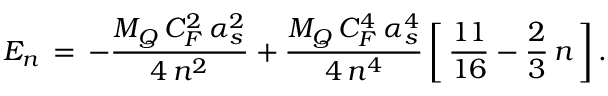
E _ { n } \, = \, - \frac { M _ { Q } \, C _ { F } ^ { 2 } \, \alpha _ { s } ^ { 2 } } { 4 \, n ^ { 2 } } + \frac { M _ { Q } \, C _ { F } ^ { 4 } \, \alpha _ { s } ^ { 4 } } { 4 \, n ^ { 4 } } \, \bigg [ \, \frac { 1 1 } { 1 6 } - \frac { 2 } { 3 } \, n \, \bigg ] \, .